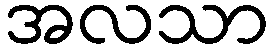
အလသာ